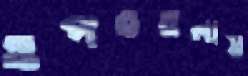
ওপরতলায়